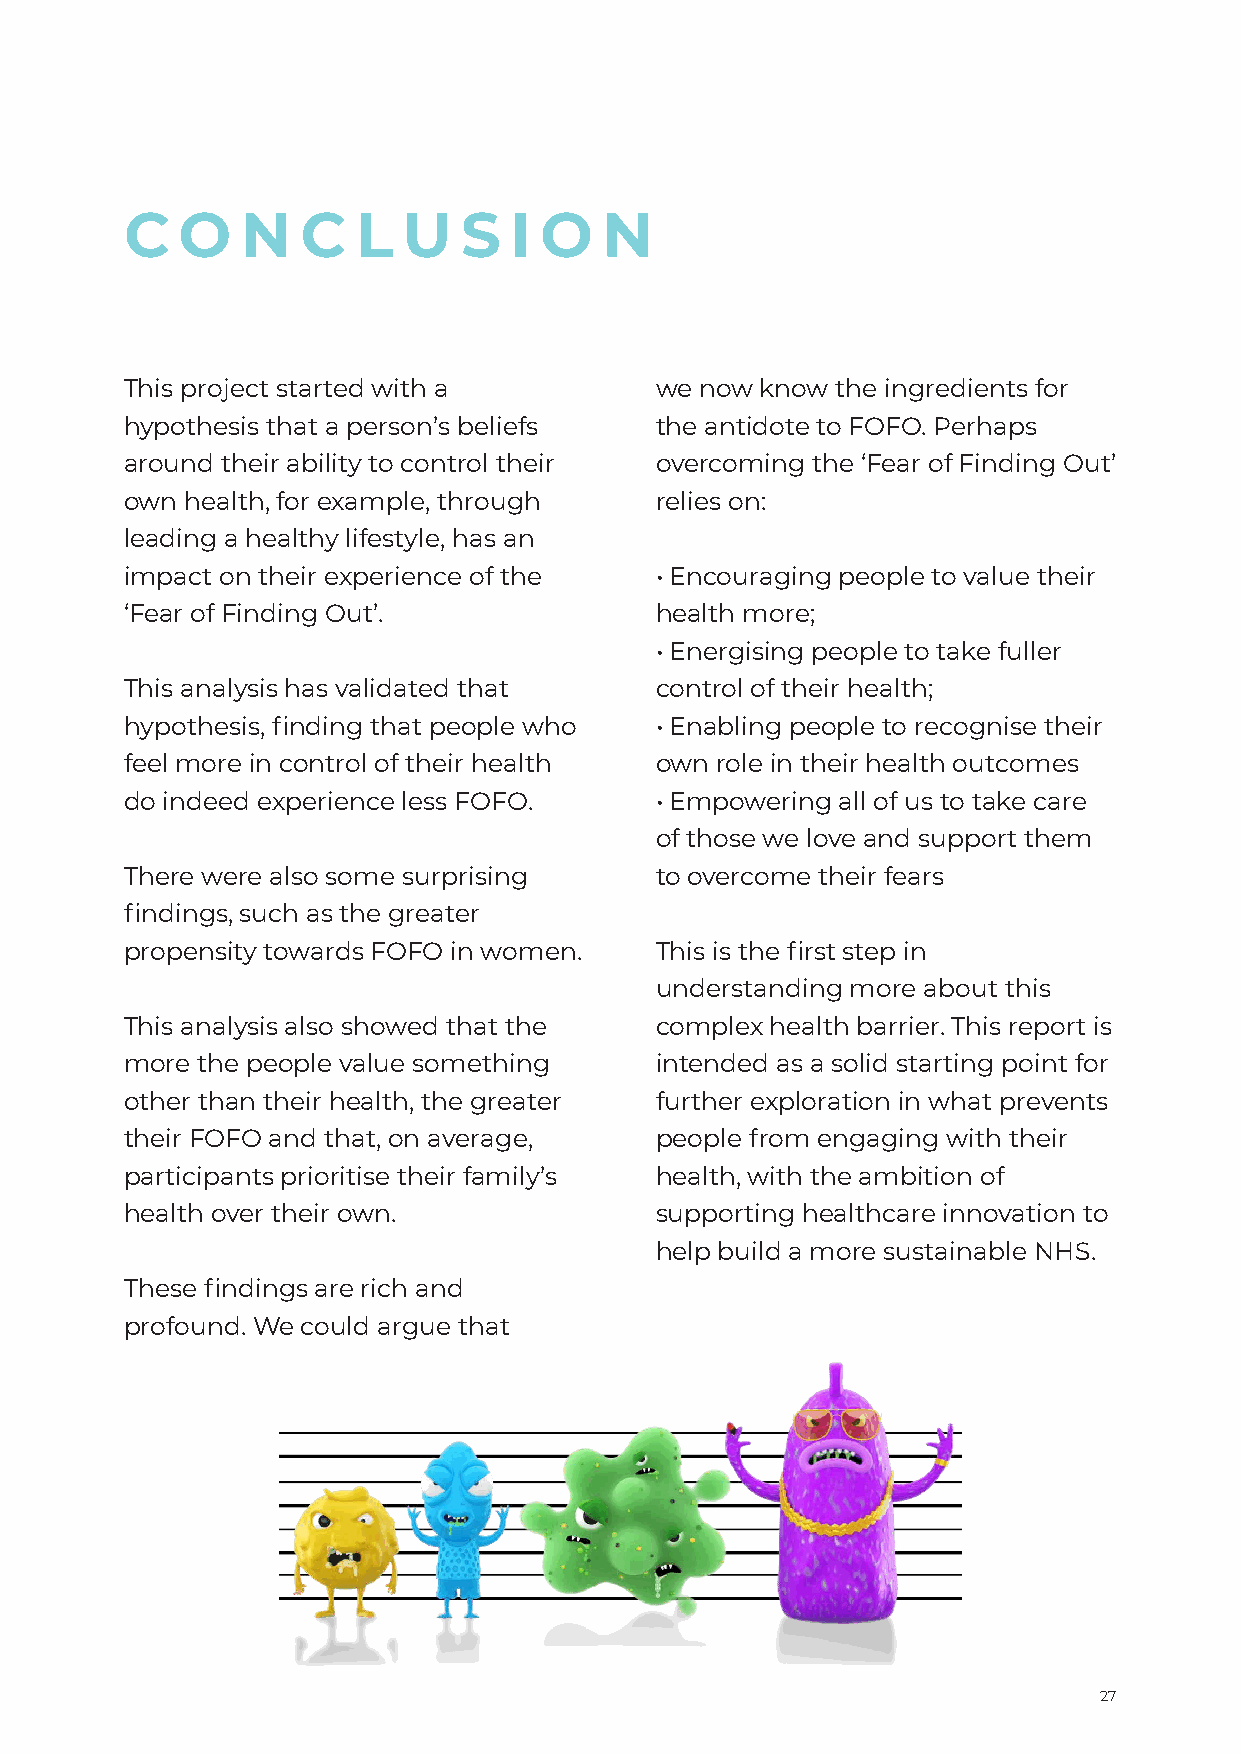
C   O   N   C   L  U  S   I O   N
 This project started with a        we now know the ingredients for
 hypothesis that a person’s beliefs the antidote to FOFO. Perhaps
 around their ability to control their overcoming the ‘Fear of Finding Out’
 own health, for example, through   relies on:
 leading a healthy lifestyle, has an
 impact on their experience of the  • Encouraging people to value their
 ‘Fear of Finding Out’.             health more;
 • Energising people to take fuller
 This analysis has validated that   control of their health;
 hypothesis, finding that people who • Enabling people to recognise their
 feel more in control of their health own role in their health outcomes
 do indeed experience less FOFO.    • Empowering all of us to take care
 of those we love and support them
 There were also some surprising    to overcome their fears
 findings, such as the greater
 propensity towards FOFO in women.  This is the first step in
 understanding more about this
 This analysis also showed that the complex health barrier. This report is
 more the people value something    intended as a solid starting point for
 other than their health, the greater further exploration in what prevents
 their FOFO and that, on average,   people from engaging with their
 participants prioritise their family’s health, with the ambition of
 health over their own.             supporting healthcare innovation to
 help build a more sustainable NHS.
 These findings are rich and
 profound. We could argue that
 27